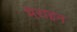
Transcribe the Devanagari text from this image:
मेराइन